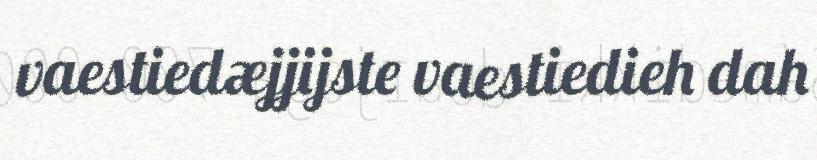
vaestiedæjjijste vaestiedieh dah